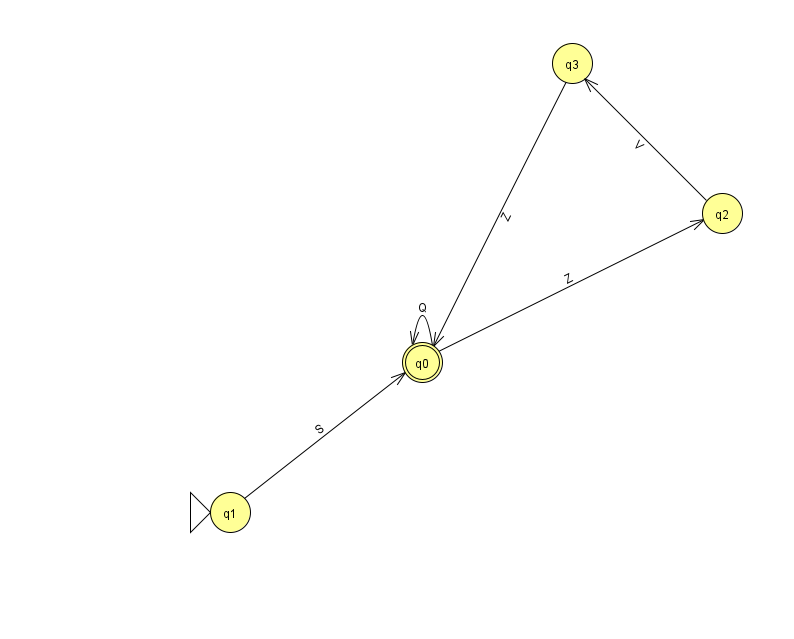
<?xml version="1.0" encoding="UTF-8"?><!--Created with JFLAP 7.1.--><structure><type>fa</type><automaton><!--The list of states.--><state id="0" name="q0"><x>422.0</x><y>349.0</y><final/></state><state id="1" name="q1"><x>230.0</x><y>499.0</y><initial/></state><state id="2" name="q2"><x>722.0</x><y>200.0</y></state><state id="3" name="q3"><x>572.0</x><y>50.0</y></state><!--The list of transitions.--><transition><from>0</from><to>0</to><read>Q</read></transition><transition><from>3</from><to>0</to><read>Z</read></transition><transition><from>1</from><to>0</to><read>S</read></transition><transition><from>0</from><to>2</to><read>Z</read></transition><transition><from>2</from><to>3</to><read>V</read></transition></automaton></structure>